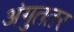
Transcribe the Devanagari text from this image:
अंगुततर